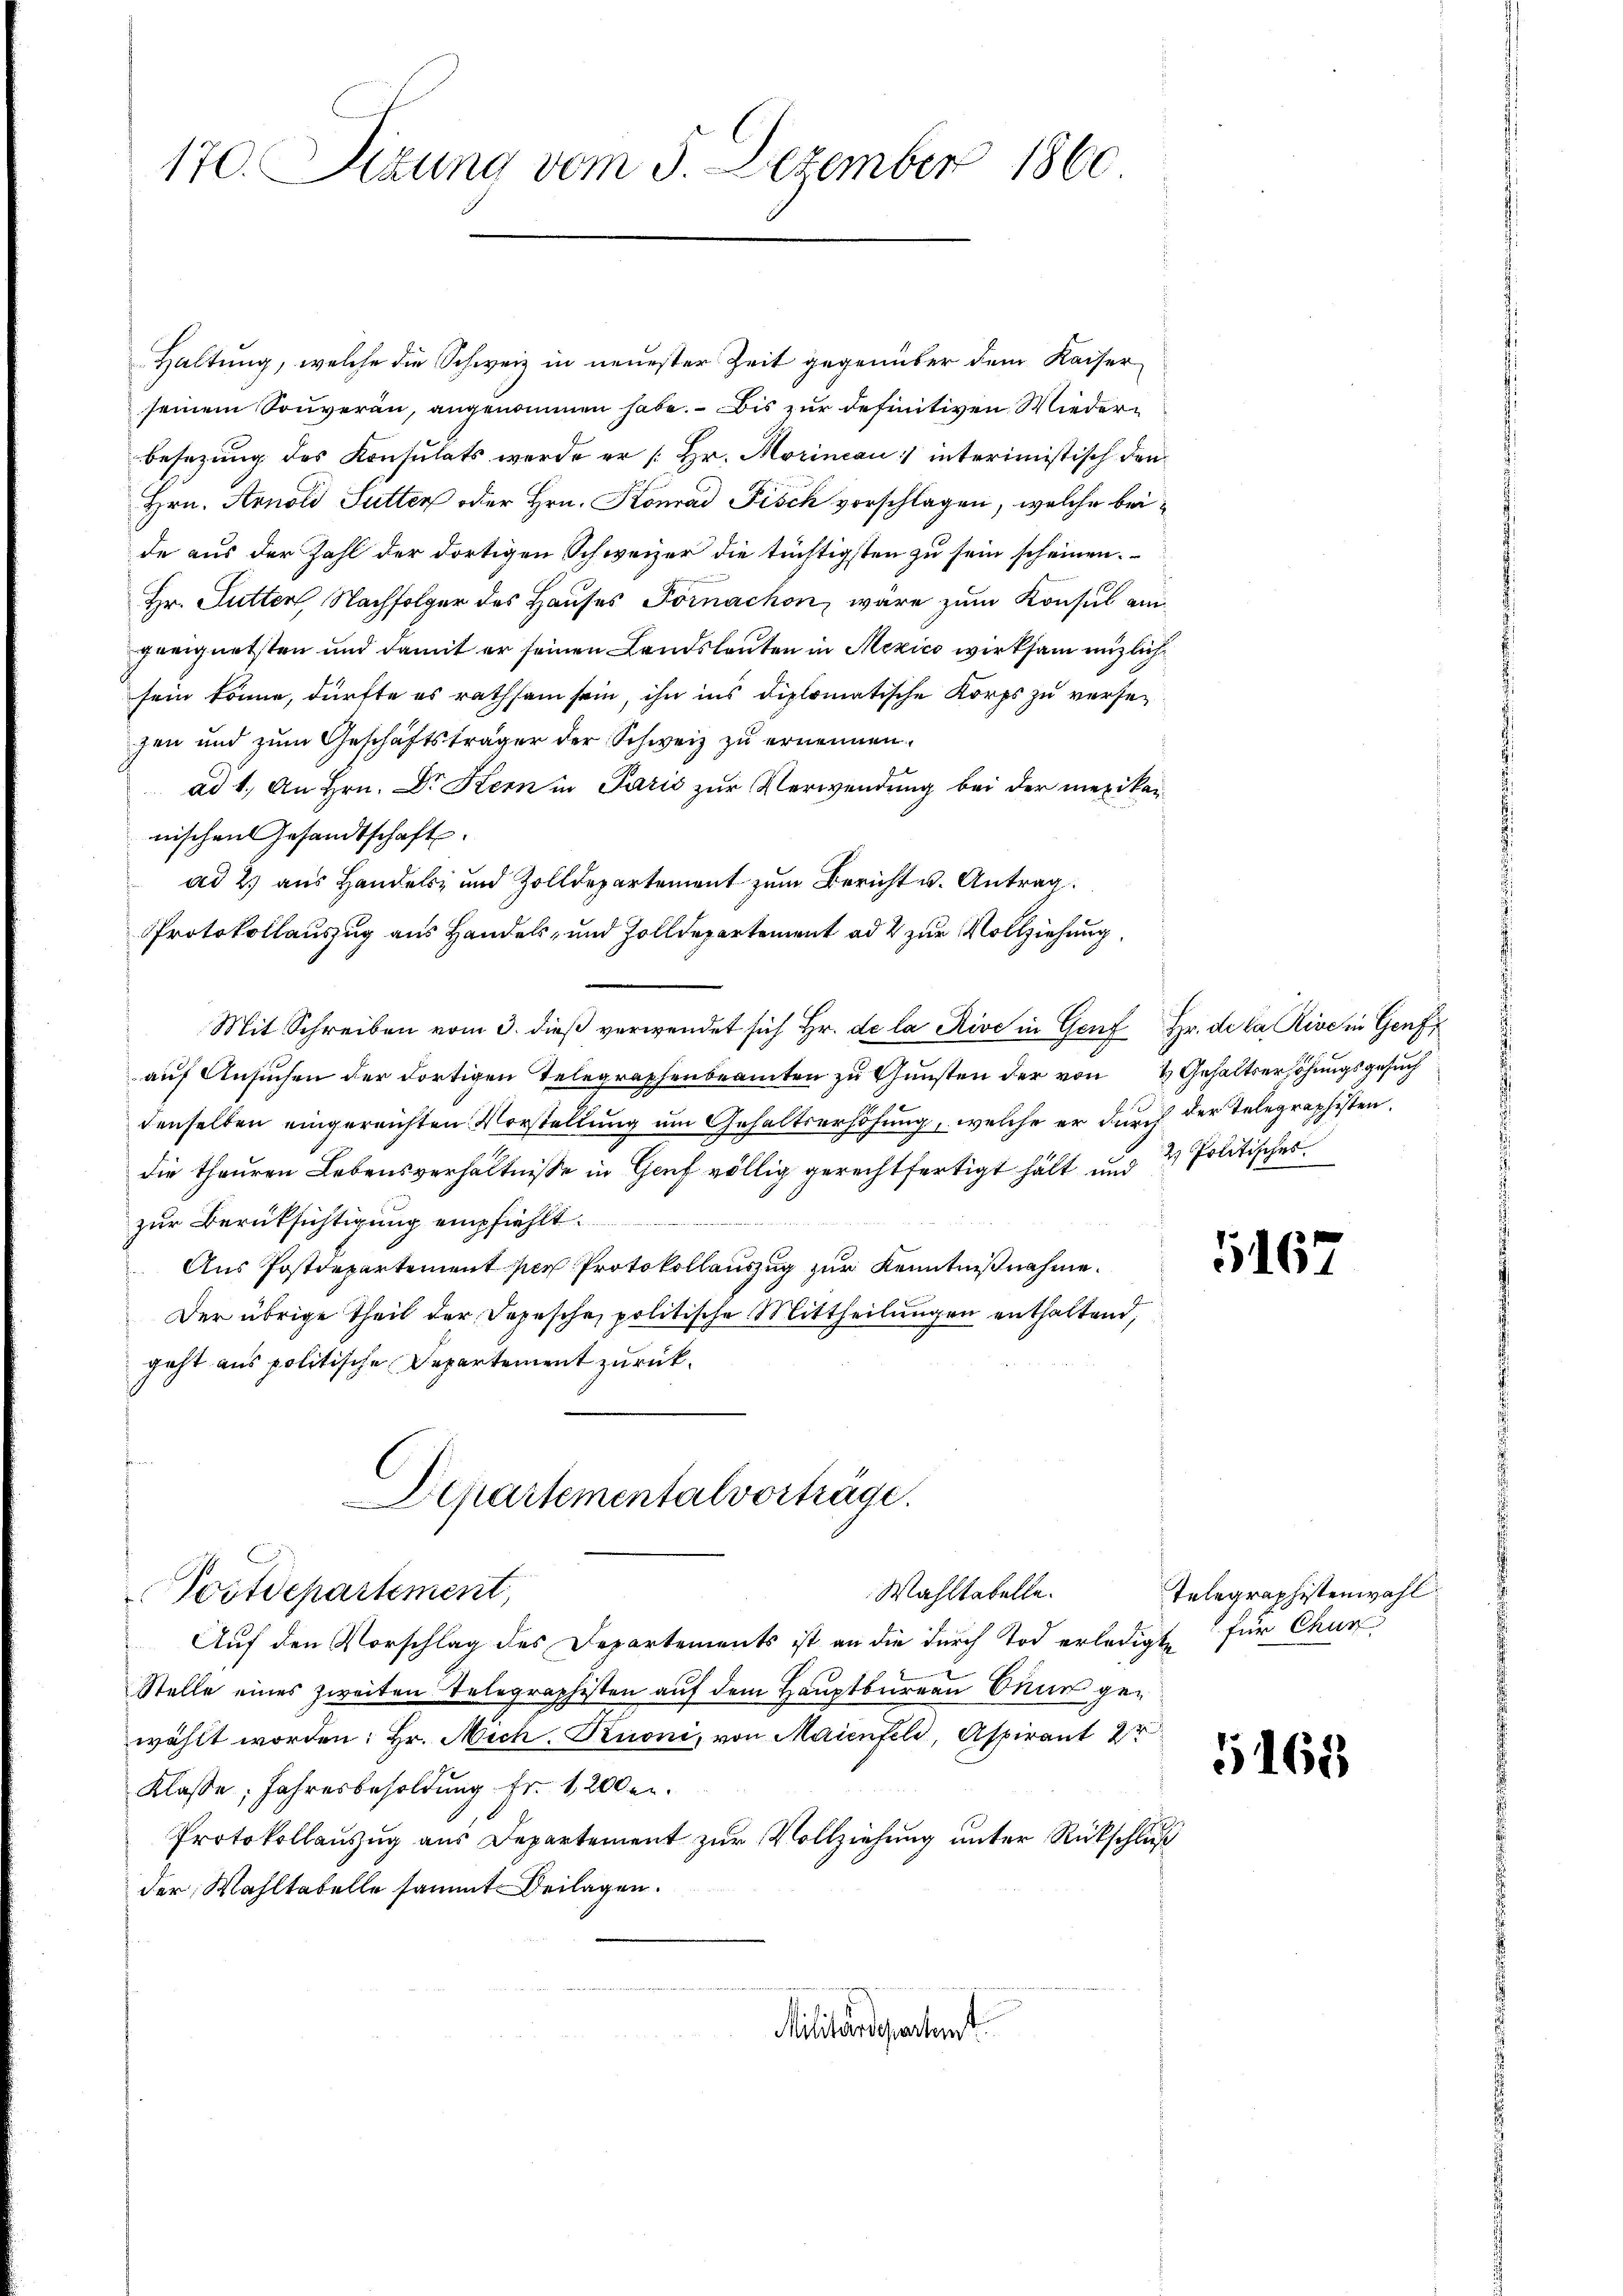
170. Situng vom 5. Dezember 1860

Haltung, welche die Schweiz in neuester Zeit gegenüber dem Kaiser
seinem Souveran, angenommen habe. Bis zur definitiven Wiederbesezung des Konsulats werde er [Hr. Morican interimistisch den
Hrn. Arnold Sutter oder Hrn. Konrad Fisch vorschlagen, welche beide aus der Zahl der dortigen Schweizer die tüchtigsten zu sein scheinen.
Hr. Futter, Nachfolger des Hauses Fornachen, wäre zum Konsul am
geeignetsten und damit er seinen Landsleuten in Mexico wirksam enzlichsein könne, dürfte es rathsam sein, ihn ins diplomatische Korps zu versezen und zum Geschäftsträger der Schweiz zu ernennen.
ad 1. An Hrn. Dr Kern in Paris zur Verwendung bei der mexikan
nischen Gesandtschaft.
ad 2) aus Handels- und Zolldepartement zum Bericht u. Antrag.
Protokollauszug aus Handels- und Zolldepartement ad 2 zur Vollziehung
Mit Schreiben vom 3. dieβ verwendet sich hr. de la Rive in Genf hr. de la Rive in Genf,
auf Ansuchen der dortigen Telegraphenbeamten zu Gunsten der von 2 Gehaltserhöhungsgesuch
denselben eingereichten Vorstellung um Gehaltserhöhung, welche er durch der Telegraphisten.
die thauren Lebensverhältnisse in Genf völlig gerechtfertigt hält und 2 Politisches
d
zur Berüksichtigung empfiehlt.
Aus Postdepartement ser Protokollauszug zur Kenntnißnahme.
Der übrige Theil der Depesche, politische Mittheilungen enthaltend,
geht aus politische Departement zurück¬
Departementalvorträge.
Wahltabelle.
Postdepartement,
Auf den Vorschlag des Departements ist an die durch Tod erledigte für Chur
Stelle eines zweiten Telegraphisten auf dem Hauptbureau Omar gewählt worden: Hr. Nich. Kuoni, von Maienfeld, Aspirant 22
Klasse, Jahresbesoldung Fr. 1200 er
Protokollanzug aus Departement zur Vollziehung unter Rückschluß
der Wahltabelle sammt Beilagen.
Militärdepartet.

5167

Telegraphistenwahl

5168